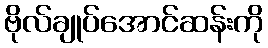
ဗိုလ်ချုပ်အောင်ဆန်းကို